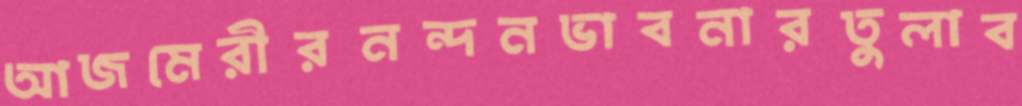
আজমেরীরনন্দনভাবনারতুলাব